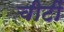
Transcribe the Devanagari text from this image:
चीटीं